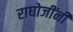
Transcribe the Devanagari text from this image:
राघोजींनी